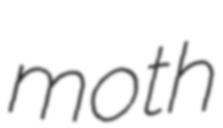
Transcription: moth